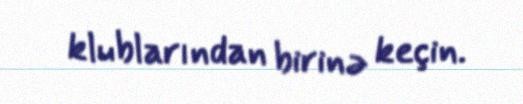
klublarından birinə keçin.